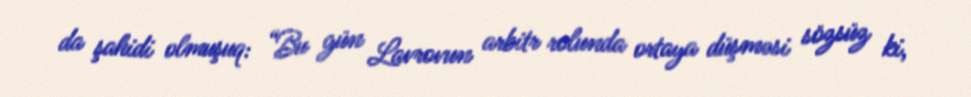
da şahidi olmuşuq: “Bu gün Lavrovun arbitr rolunda ortaya düşməsi sözsüz ki,